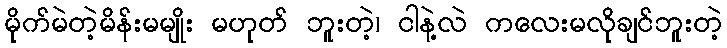
မိုက်မဲတဲ့မိန်းမမျိုး မဟုတ် ဘူးတဲ့၊ ငါနဲ့လဲ ကလေးမလိုချင်ဘူးတဲ့